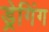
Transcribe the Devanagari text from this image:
ड्रेगिंग